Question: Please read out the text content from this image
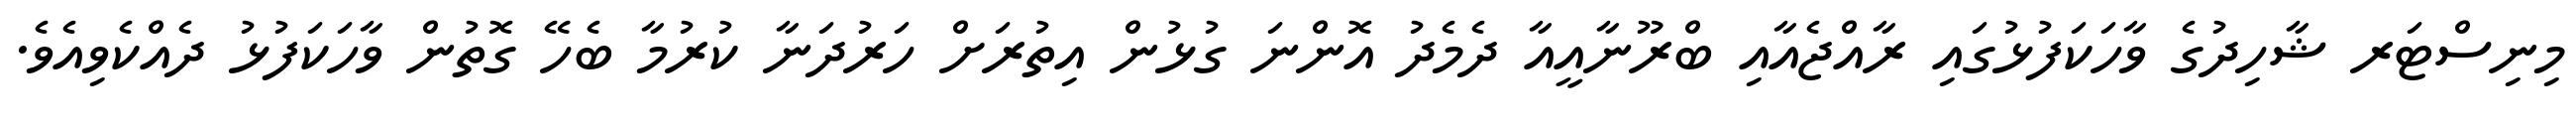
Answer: މިނިސްޓަރ ޝާހިދުގެ ވާހަކަފުޅުގައި ރާއްޖެއާއި ބްރޫނާއީއާ ދެމެދު އޮންނަ ގުޅުން އިތުރަށް ހަރުދަނާ ކުރުމާ ބެހޭ ގޮތުން ވާހަކަފުޅު ދެއްކެވިއެވެ.